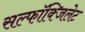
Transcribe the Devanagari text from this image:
सल्फॉक्जिलेट